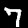
Digit: 7